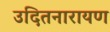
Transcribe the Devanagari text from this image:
उदितनारायण